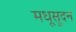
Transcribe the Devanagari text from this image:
मधूसूदन